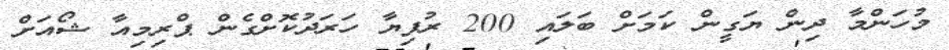
މުހަންމާ ދިން ޔަގީން ކަމަށް ބަލައި 200 ރުފިޔާ ހަރަދުކޮށްގެން ޕްރިމިއާ ޝޯއަށް